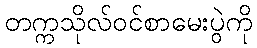
တက္ကသိုလ်ဝင်စာမေးပွဲကို